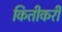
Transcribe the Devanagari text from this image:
कितीकरी